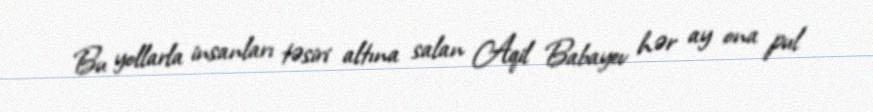
Bu yollarla insanları təsiri altına salan Aqil Babayev hər ay ona pul